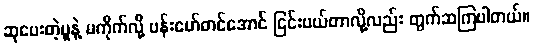
ဆုပေးတဲ့မူနဲ့ မကိုက်လို့ ဗန်းမော်တင်အောင် ငြင်းပယ်တာလို့လည်း တွက်ဆကြပါတယ်။